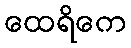
ထေရိကေ